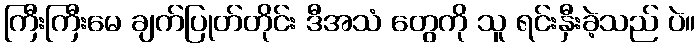
ကြီးကြီးမေ ချက်ပြုတ်တိုင်း ဒီအသံ တွေကို သူ ရင်းနှီးခဲ့သည် ပဲ။